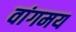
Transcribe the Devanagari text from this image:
वांगमय